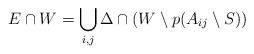
LaTeX: \begin{align*}E\cap W=\bigcup_{i,j} \Delta\cap (W\setminus p(A_{ij}\setminus S))\end{align*}